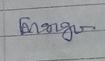
Signature authenticity: genuine